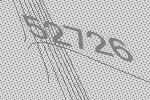
52726